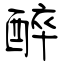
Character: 醉